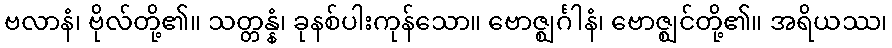
ဗလာနံ၊ ဗိုလ်တို့၏။ သတ္တန္နံ၊ ခုနစ်ပါးကုန်သော။ ဗောဇ္ဈင်္ဂါနံ၊ ဗောဇ္ဈင်တို့၏။ အရိယဿ၊